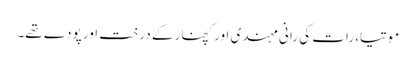
موتیا، رات کی رانی مہندی اور کچنار کے درخت اور پودے تھے۔